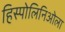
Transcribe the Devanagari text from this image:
हिस्पोलिनिओला